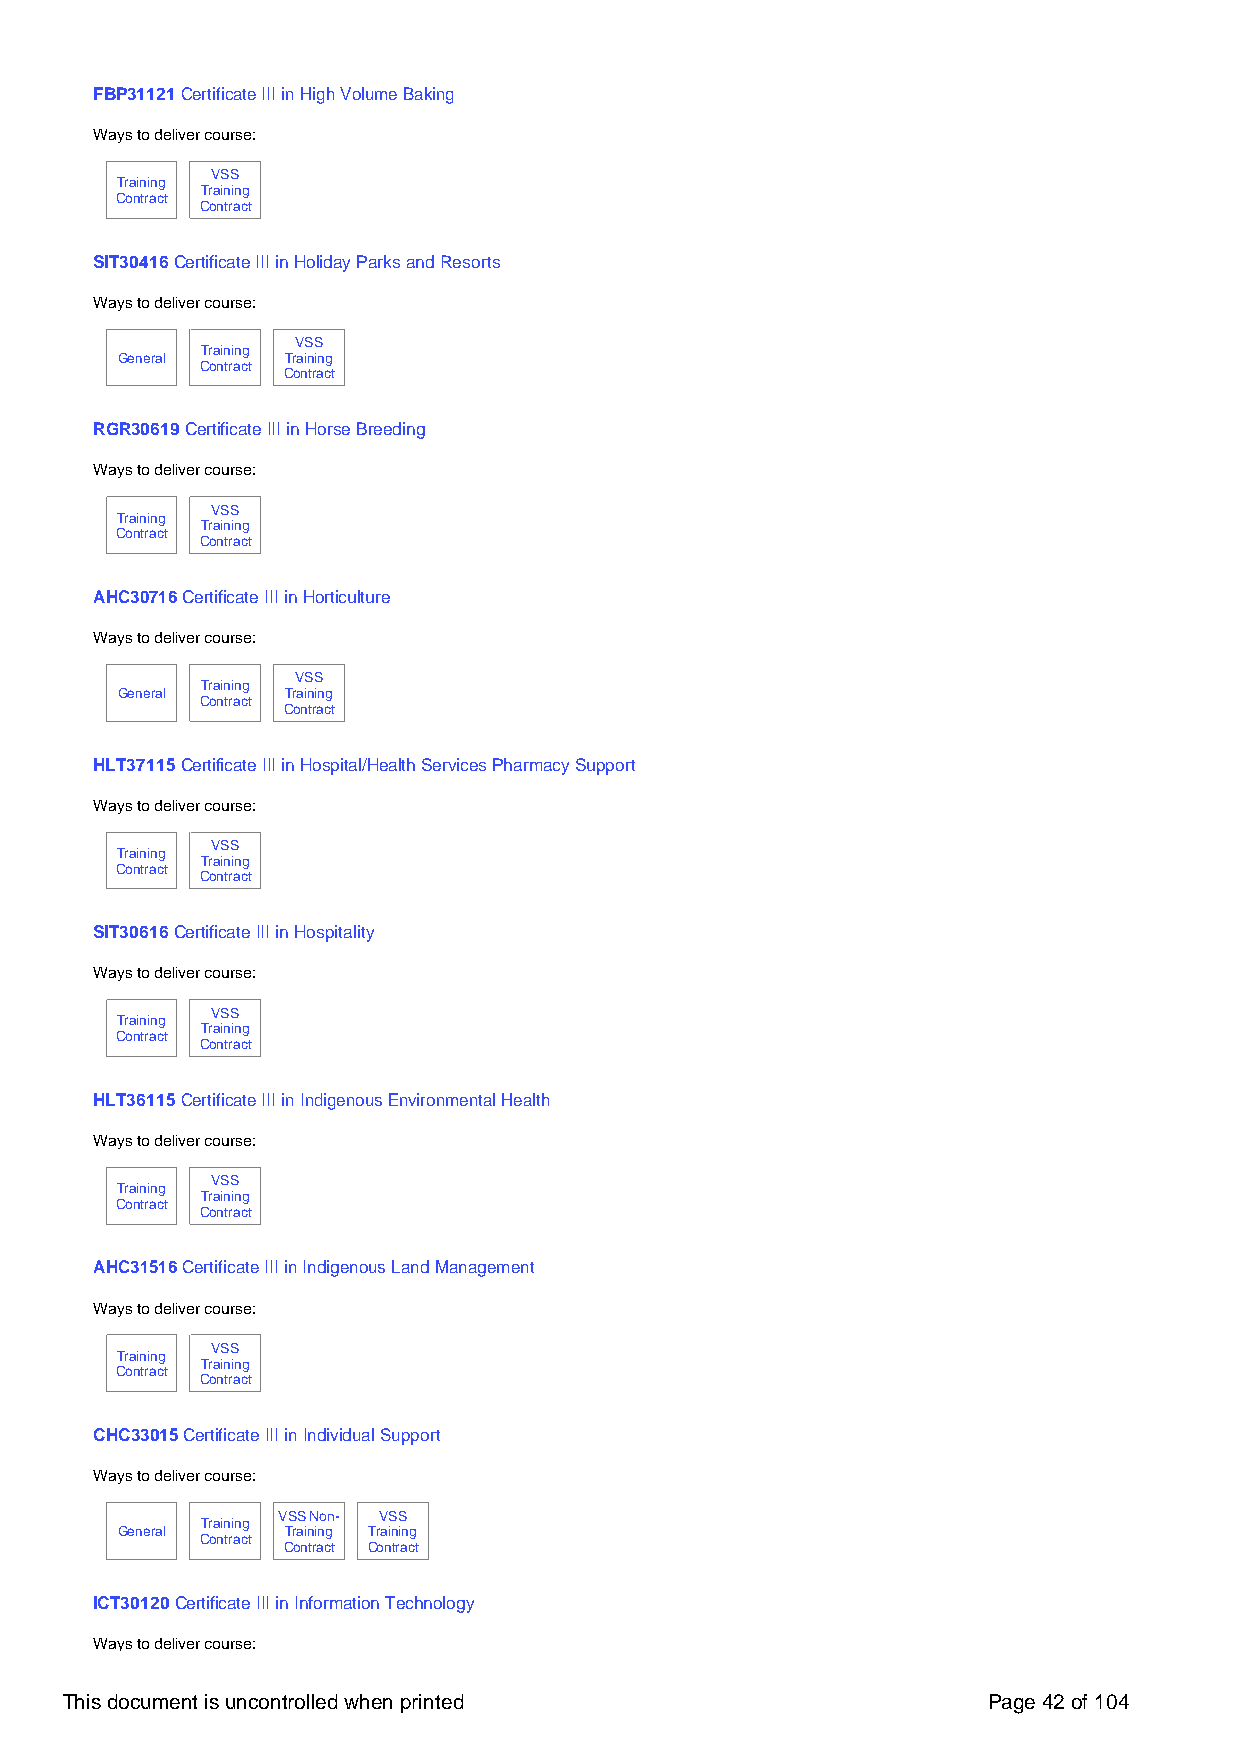
FBP31121 Certificate III in High Volume Baking
 Ways to deliver course:
 VSS
 Training
 Training
 Contract
 Contract
 SIT30416 Certificate III in Holiday Parks and Resorts
 Ways to deliver course:
 VSS
 Training
 General    Training
 Contract
 Contract
 RGR30619 Certificate III in Horse Breeding
 Ways to deliver course:
 VSS
 Training
 Training
 Contract
 Contract
 AHC30716 Certificate III in Horticulture
 Ways to deliver course:
 VSS
 Training
 General    Training
 Contract
 Contract
 HLT37115 Certificate III in Hospital/Health Services Pharmacy Support
 Ways to deliver course:
 VSS
 Training
 Training
 Contract
 Contract
 SIT30616 Certificate III in Hospitality
 Ways to deliver course:
 VSS
 Training
 Training
 Contract
 Contract
 HLT36115 Certificate III in Indigenous Environmental Health
 Ways to deliver course:
 VSS
 Training
 Training
 Contract
 Contract
 AHC31516 Certificate III in Indigenous Land Management
 Ways to deliver course:
 VSS
 Training
 Training
 Contract
 Contract
 CHC33015 Certificate III in Individual Support
 Ways to deliver course:
 VSS Non- VSS
 Training
 General    Training Training
 Contract
 Contract Contract
 ICT30120 Certificate III in Information Technology
 Ways to deliver course:
 This document is uncontrolled when printed                   Page 42 of 104